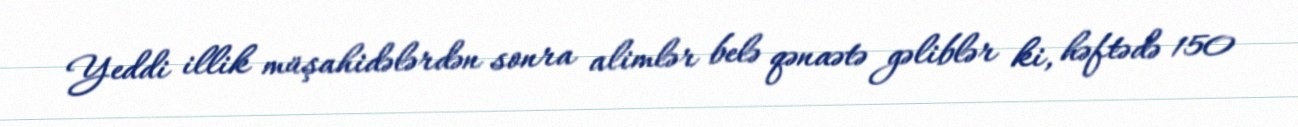
Yeddi illik müşahidələrdən sonra alimlər belə qənaətə gəliblər ki, həftədə 150